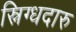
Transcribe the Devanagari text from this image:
स्निग्धदारु